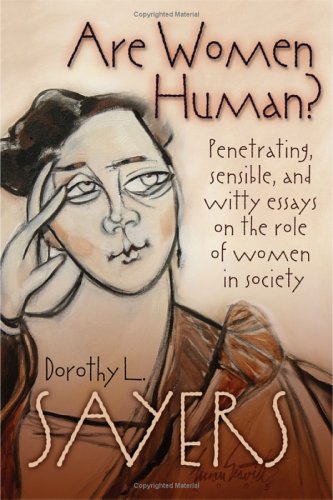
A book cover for Are Women Human? Penetrating, Sensible, and Witty Essays on the Role of Women in Society; Dorothy L. Sayers; Religion & Spirituality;